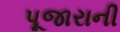
પૂજારાની